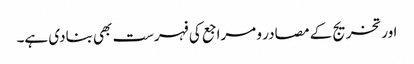
اور تخریج کے مصادر و مراجع کی فہرست بھی بنادی ہے۔